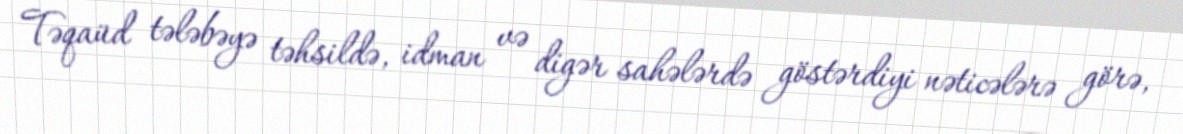
Təqaüd tələbəyə təhsildə, idman və digər sahələrdə göstərdiyi nəticələrə görə,